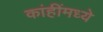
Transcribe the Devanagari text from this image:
कांहींमध्ये